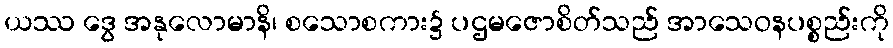
ယဿ ဒွေ အနုလောမာနိ၊ စသောစကား၌ ပဌမဇောစိတ်သည် အာသေဝနပစ္စည်းကို